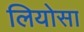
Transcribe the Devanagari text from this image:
लियोसा